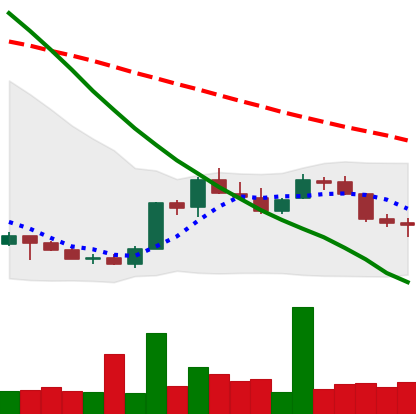
Ticker: LINK-USD
Chart end date: 2018-07-12
Forward return: 21.545%
Label: up_7plus